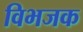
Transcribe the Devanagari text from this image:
विभजक